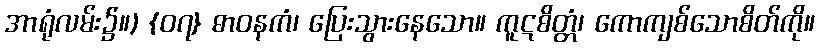
အာရုံလမ်း၌။) {၀၇} ဓာဝနကံ၊ ပြေးသွားနေသော။ ကူဋစိတ္တံ၊ ကောကျစ်သောစိတ်ကို။